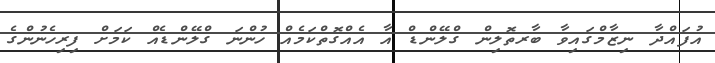
އުފައްދާ ނިޒާމްގައިވާ ބާރތޮލިން ގްލޭންޑް އާ އެއްގޮތްކަމެއް ހުންނަ ގްލޭންޑެއް ކަމަށް ފިރިހެނުންގެ